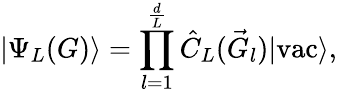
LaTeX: \left|\Psi_{L}(G)\right\rangle=\prod_{l=1}^{\frac{d}{L}}\hat{C}_{L}(\vec{G}_{l})|\textrm{vac}\rangle,